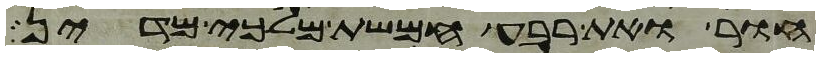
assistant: חור ואת רבע חמשת מלכי מדין